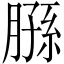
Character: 𫆮